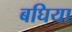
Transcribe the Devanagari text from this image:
बघिया